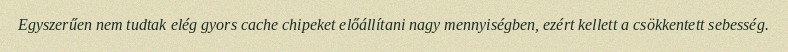
Egyszerűen nem tudtak elég gyors cache chipeket előállítani nagy mennyiségben, ezért kellett a csökkentett sebesség.